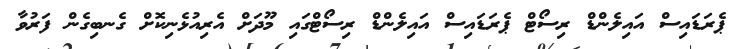
ޕެރަޑައިސް އައިލެންޑް ރިސޯޓް ޕެރަޑައިސް އައިލެންޑް ރިސޯޓްގައި މޫދަށް އެރިއުޅެނިކޮށް ގެނބިގެން ފަރުވާ